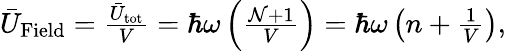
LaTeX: \begin{array}{r}{\bar{U}_{\mathrm{Field}}=\frac{\bar{U}_{\mathrm{tot}}}{V}=\hbar\omega\left(\frac{{\cal N}+1}{V}\right)=\hbar\omega\left(n+\frac{1}{V}\right),}\end{array}